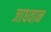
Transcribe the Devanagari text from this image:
जाधवान